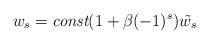
LaTeX: \begin{align*} w_s = \emph{const}(1+\beta (-1)^s)\tilde{w_s} \end{align*}